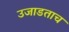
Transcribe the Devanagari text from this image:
उजाडताच